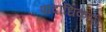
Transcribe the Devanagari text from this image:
पादाधिकारी